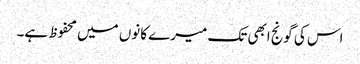
اس کی گونج ابھی تک میرے کانوں میں محفوظ ہے۔